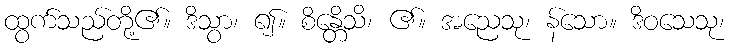
ထွက်သည်တို့၏။ ဒိသွာ၊ ၍။ စိန္တေိသိ၊ ၏။ အညေသု၊ န်သော။ ဒိဝသေသု၊